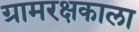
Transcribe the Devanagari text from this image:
ग्रामरक्षकाला